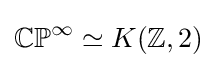
\mathbb {CP} ^{\infty }\simeq K(\mathbb {Z} ,2)